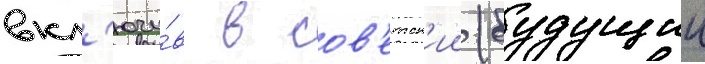
вкл'ючи́в в сов'етск'ии (будущии